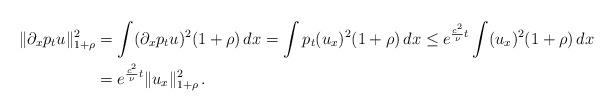
LaTeX: \begin{align*}\Vert \partial_x p_tu \Vert_{1+\rho}^2&= \int (\partial_x p_tu)^2 (1+\rho) \, dx = \int p_t( u_x)^2 (1+\rho)\, dx \leq e^{ \frac{c^2}{\nu}t } \int ( u_x)^2 (1+\rho) \, dx \\&= e^{ \frac{c^2}{\nu} t } \Vert u_x \Vert_{1+\rho}^2\, . \end{align*}